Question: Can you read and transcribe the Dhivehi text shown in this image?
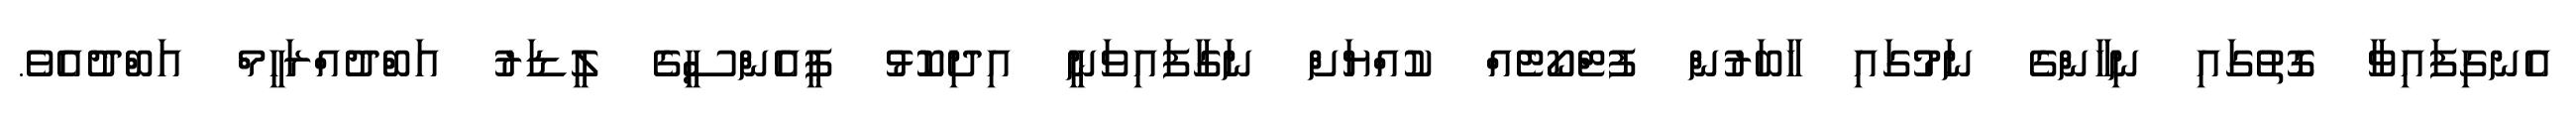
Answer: އެނގިފައިވާ ގޮތުގައި ނިހާންގެ ނަމުގައި ހާބަރުން ފުޓްކޯޓެއް ކުއްޔަށް ނަގާފައިވަނީ އިދިކޮޅު ޕީއެންސީގެ ލީޑަރު އަބްދުއްރަހީމް އަބްދުއެވެ.